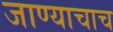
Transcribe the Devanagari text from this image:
जाण्याचाच